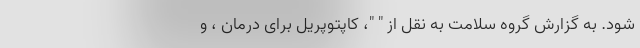
شود. به گزارش گروه سلامت به نقل از " "، کاپتوپریل برای درمان ، و